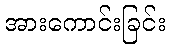
အားကောင်းခြင်း